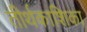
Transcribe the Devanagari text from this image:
तीर्थकाशिका